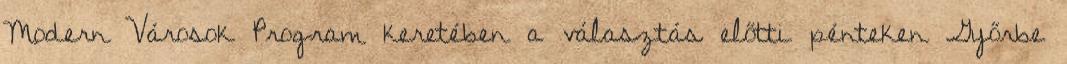
Modern Városok Program keretében a választás előtti pénteken Győrbe